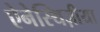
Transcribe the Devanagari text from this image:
ऐनेस्थिज़ीया